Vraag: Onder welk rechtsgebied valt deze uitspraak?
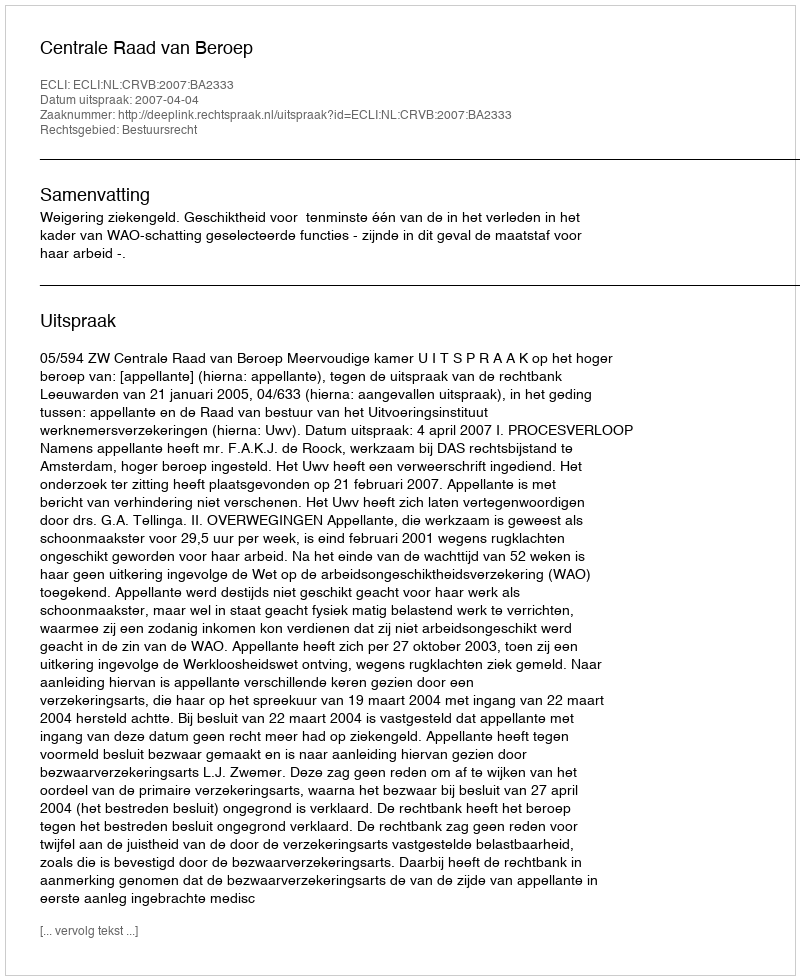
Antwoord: Bestuursrecht